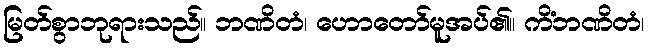
မြတ်စွာဘုရားသည်။ ဘဏိတံ၊ ဟောတော်မူအပ်၏။ ကိံဘဏိတံ၊